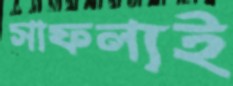
সাফল্যই